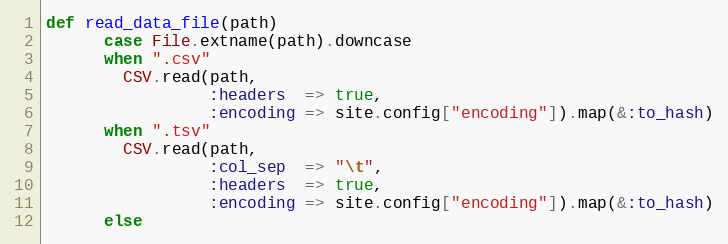
Language: Ruby
def read_data_file(path)
      case File.extname(path).downcase
      when ".csv"
        CSV.read(path,
                 :headers  => true,
                 :encoding => site.config["encoding"]).map(&:to_hash)
      when ".tsv"
        CSV.read(path,
                 :col_sep  => "\t",
                 :headers  => true,
                 :encoding => site.config["encoding"]).map(&:to_hash)
      else